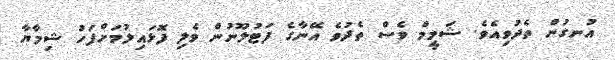
އުނގުން ތެދުވިއެވެ. ޝަމީމް ވެސް ތެދުވެ އޭނާގެ ފަޓުލޫނުން ވެލި ފޮޅައިލުމަށްފަހު ޝިމާޔާ